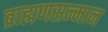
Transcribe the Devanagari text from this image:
ब्राह्मणसन्मान